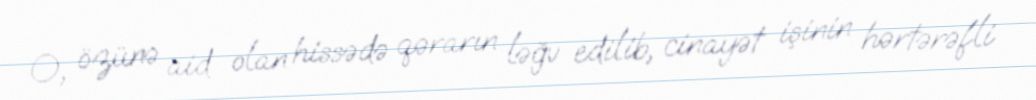
O, özünə aid olan hissədə qərarın ləğv edilib, cinayət işinin hərtərəfli